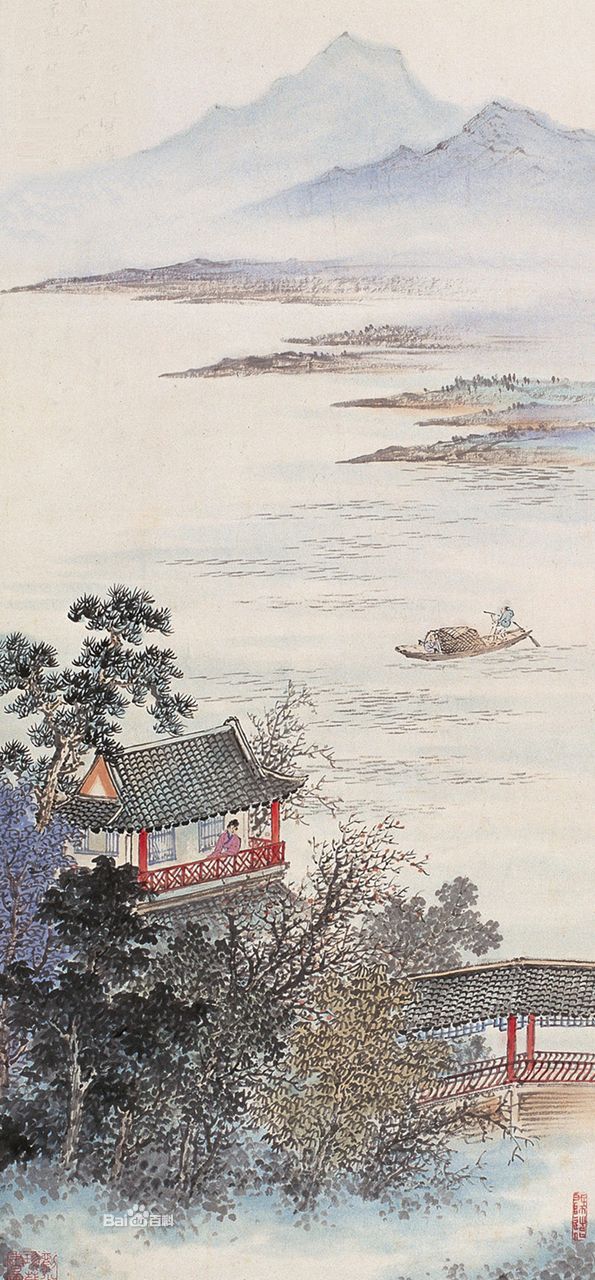
南陵水面漫悠悠，风紧云轻欲变秋。